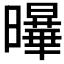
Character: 𭨋